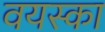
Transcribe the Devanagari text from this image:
वयस्का